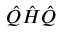
\ensuremath { \hat { Q } } \ensuremath { \hat { H } } \ensuremath { \hat { Q } }